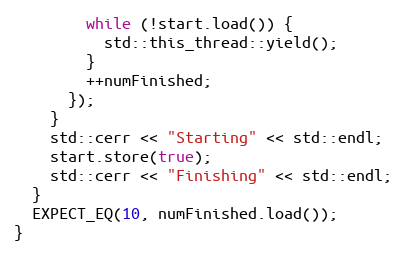
Language: C++
        while (!start.load()) {
          std::this_thread::yield();
        }
        ++numFinished;
      });
    }
    std::cerr << "Starting" << std::endl;
    start.store(true);
    std::cerr << "Finishing" << std::endl;
  }
  EXPECT_EQ(10, numFinished.load());
}